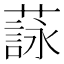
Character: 𦻑